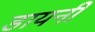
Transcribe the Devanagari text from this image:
डायनी